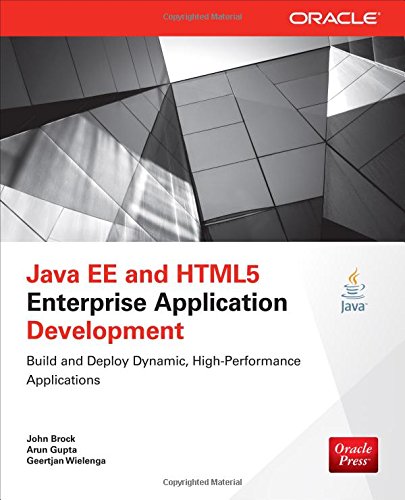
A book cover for Java EE and HTML5 Enterprise Application Development (Oracle Press); John Brock; Computers & Technology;